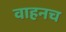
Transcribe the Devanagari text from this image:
वाहनच